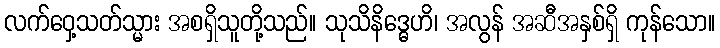
လက်ဝှေ့သတ်သ္မား အစရှိသူတို့သည်။ သုသိနိဒ္ဓေဟိ၊ အလွန် အဆီအနှစ်ရှိ ကုန်သော။